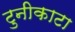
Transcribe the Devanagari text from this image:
टुनीकाटा